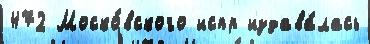
472 Моско́вского испр издава́лась